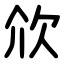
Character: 㰡